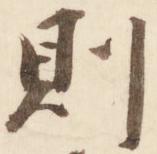
則